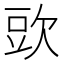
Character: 㰯